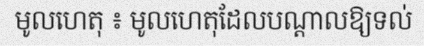
មូលហេតុ ៖ មូលហេតុដែលបណ្តាលឱ្យទល់